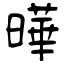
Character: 曄